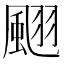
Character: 𩗍